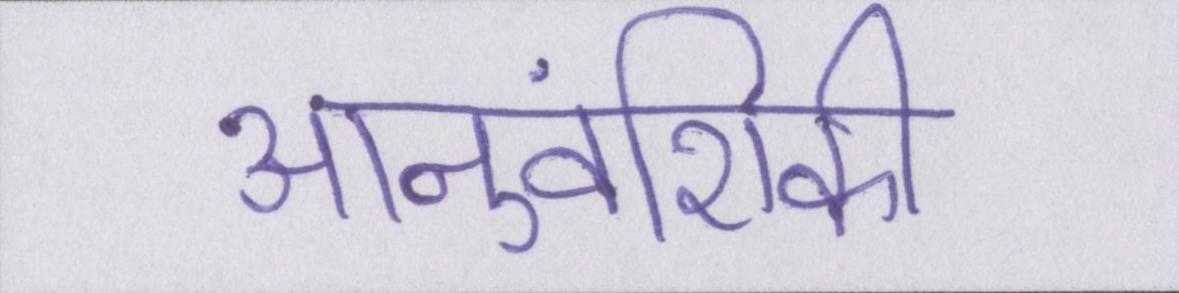
आनुवंशिकी